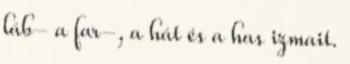
láb- a far-, a hát és a has izmait.